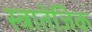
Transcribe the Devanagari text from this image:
स्त्रातेजिक